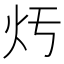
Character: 𤆏